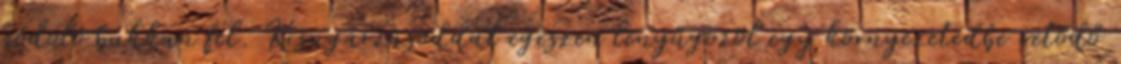
hódoló bukkan fel. Kisugárzásoddal egészen lenyűgözöl egy környezetedbe vetődő